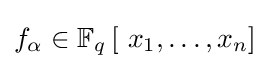
f_{\alpha }\in \mathbb {F} _{q}\left[\ x_{1},\ldots ,x_{n}\right]